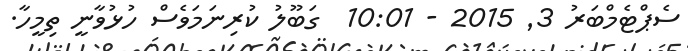
ސެޕްޓެމްބަރު 3